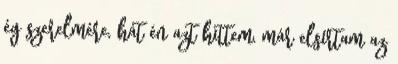
ég szerelmére, hát én azt hittem, már elsírtam az